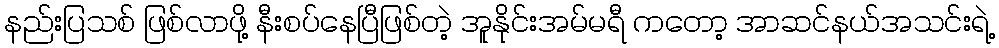
နည်းပြသစ် ဖြစ်လာဖို့ နီးစပ်နေပြီဖြစ်တဲ့ အူနိုင်းအမ်မရီ ကတော့ အာဆင်နယ်အသင်းရဲ့